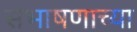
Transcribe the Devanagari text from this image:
संभाषणाच्या